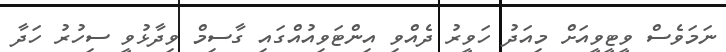
ނަމަވެސް ވީޓީވީއަށް މިއަދު ހަވީރު ދެއްވި އިންޓަވިއުއްގައި ގާސިމް ވިދާޅުވީ ސިހުރު ހަދާ